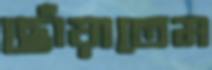
ছোঁয়াতেম